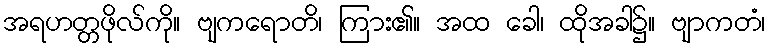
အရဟတ္တဖိုလ်ကို။ ဗျကရောတိ၊ ကြား၏။ အထ ခေါ၊ ထိုအခါ၌။ ဗျာကတံ၊